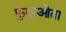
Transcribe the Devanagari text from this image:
फुकुओता